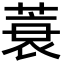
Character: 蓑